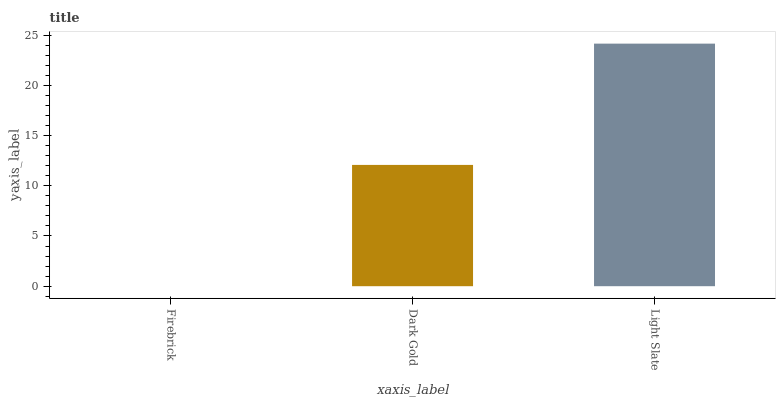
| xaxis_label | bars |
 | --- | --- |
 | Firebrick | 0 |
 | Dark Gold | 12.1 |
 | Light Slate | 24.2 |